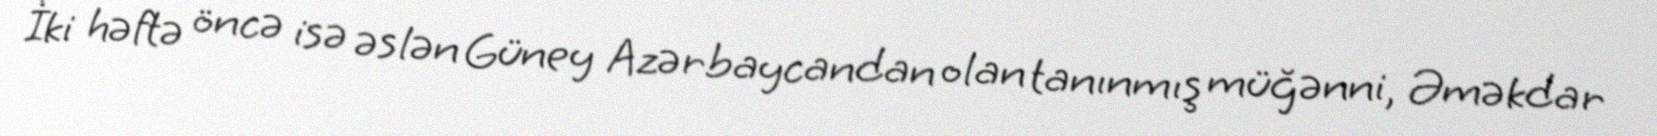
İki həftə öncə isə əslən Güney Azərbaycandan olan tanınmış müğənni, Əməkdar